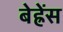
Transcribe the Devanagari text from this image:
बेह्रेंस